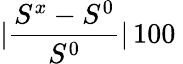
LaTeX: \vert\frac{S^{x}-S^{0}}{S^{0}}\vert\, 100\